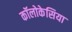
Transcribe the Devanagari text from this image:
कॉलोकेसिया